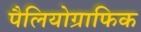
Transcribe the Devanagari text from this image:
पैलियोग्राफिक